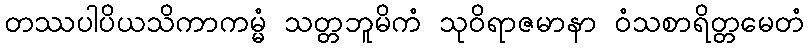
တဿပါပိယသိကာကမ္မံ သတ္တဘူမိကံ သုဝိရာဇမာနာ ဝံသစာရိတ္တမေတံ